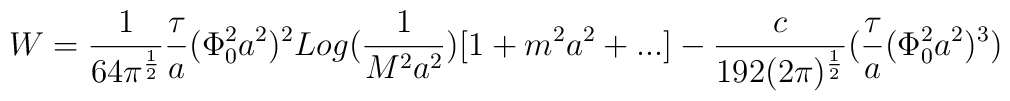
W={1 \over 64\pi^{{1 \over 2}}} {\tau \over a}(\Phi_{0}^2 a^2)^2 Log({1\over M^2 a^2})[1+m^2a^2+...] - {c \over 192 (2\pi)^{1 \over 2}}({\tau \over a}(\Phi_{0}^2 a^2)^3)